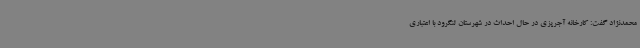
محمدنژاد گفت: کارخانه آجرپزی در حال احداث در شهرستان لنگرود با اعتباری